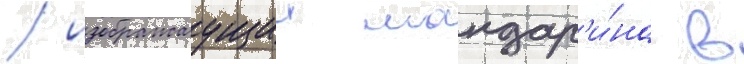
/ изображаущии мандар'и́на в